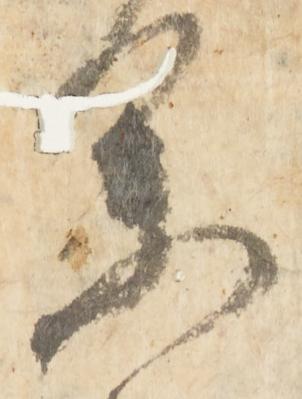
参